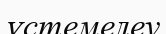
үстемелеу